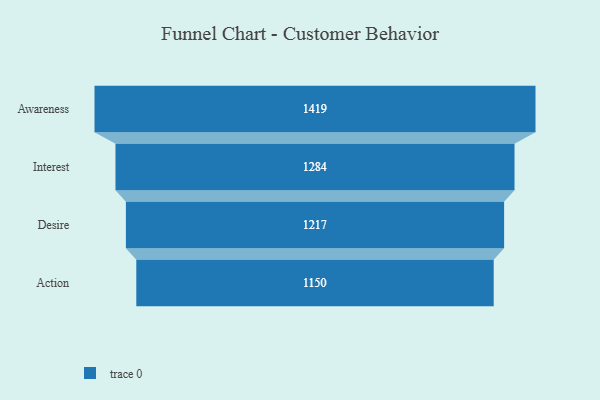
{"axis": {"x": "Stage", "y": "Value"}, "legend": [""], "data": [{"x": "Awareness", "y": 1419.0, "type": ""}, {"x": "Interest", "y": 1284.0, "type": ""}, {"x": "Desire", "y": 1217.0, "type": ""}, {"x": "Action", "y": 1150.0, "type": ""}]}